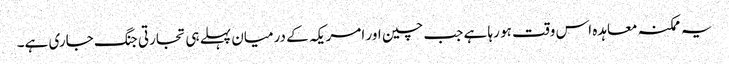
یہ ممکنہ معاہدہ اس وقت ہو رہا ہے جب چین اور امریکہ کے درمیان پہلے ہی تجارتی جنگ جاری ہے۔